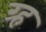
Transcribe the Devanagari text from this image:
ग्र्ह